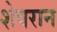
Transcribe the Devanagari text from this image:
शेवरान